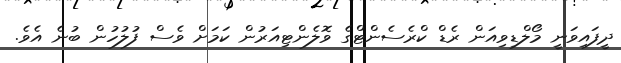
ދީފައިވަނީ މޯލްޑިވިއަން ރެޑް ކްރެސެންޓްގެ ވޮލެންޓިއަރުން ކަމަށް ވެސް ފުލުހުން ބުނެ އެވެ.